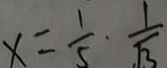
x = \frac { 1 } { 5 } \cdot \frac { 1 } { \sqrt { 3 } }